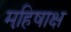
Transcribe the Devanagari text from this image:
महि़षाक्ष